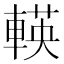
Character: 𨍞